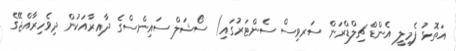
އަތޮޅު ފެމިލީ އެންޑް ޗިލްޑްރަން ސަރވިސް ސެންޓަރުގައި) ސޯޝަލް ސައިންސްގެ ދާއިރާއަކުން ދިވެހިރާއްޖޭގެ